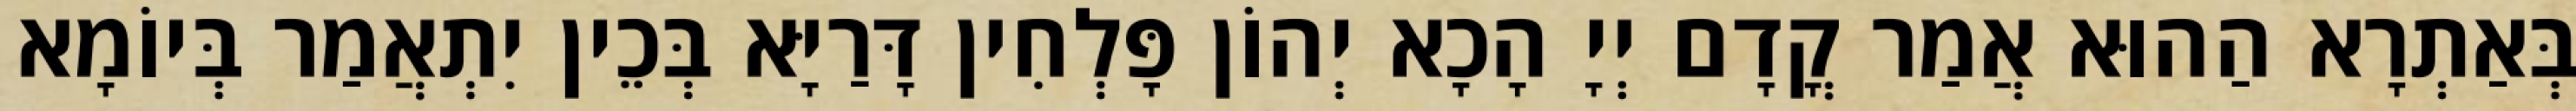
בְּאַתְרָא הַהוּא אֲמַר קֳדָם יְיָ הָכָא יְהוֹן פָּלְחִין דָּרַיָּא בְּכֵין יִתְאֲמַר בְּיוֹמָא